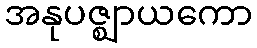
အနုပဇ္ဈာယကော